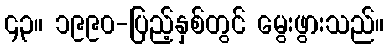
၄၃။ ၁၉၉၀-ပြည့်နှစ်တွင် မွေးဖွားသည်။